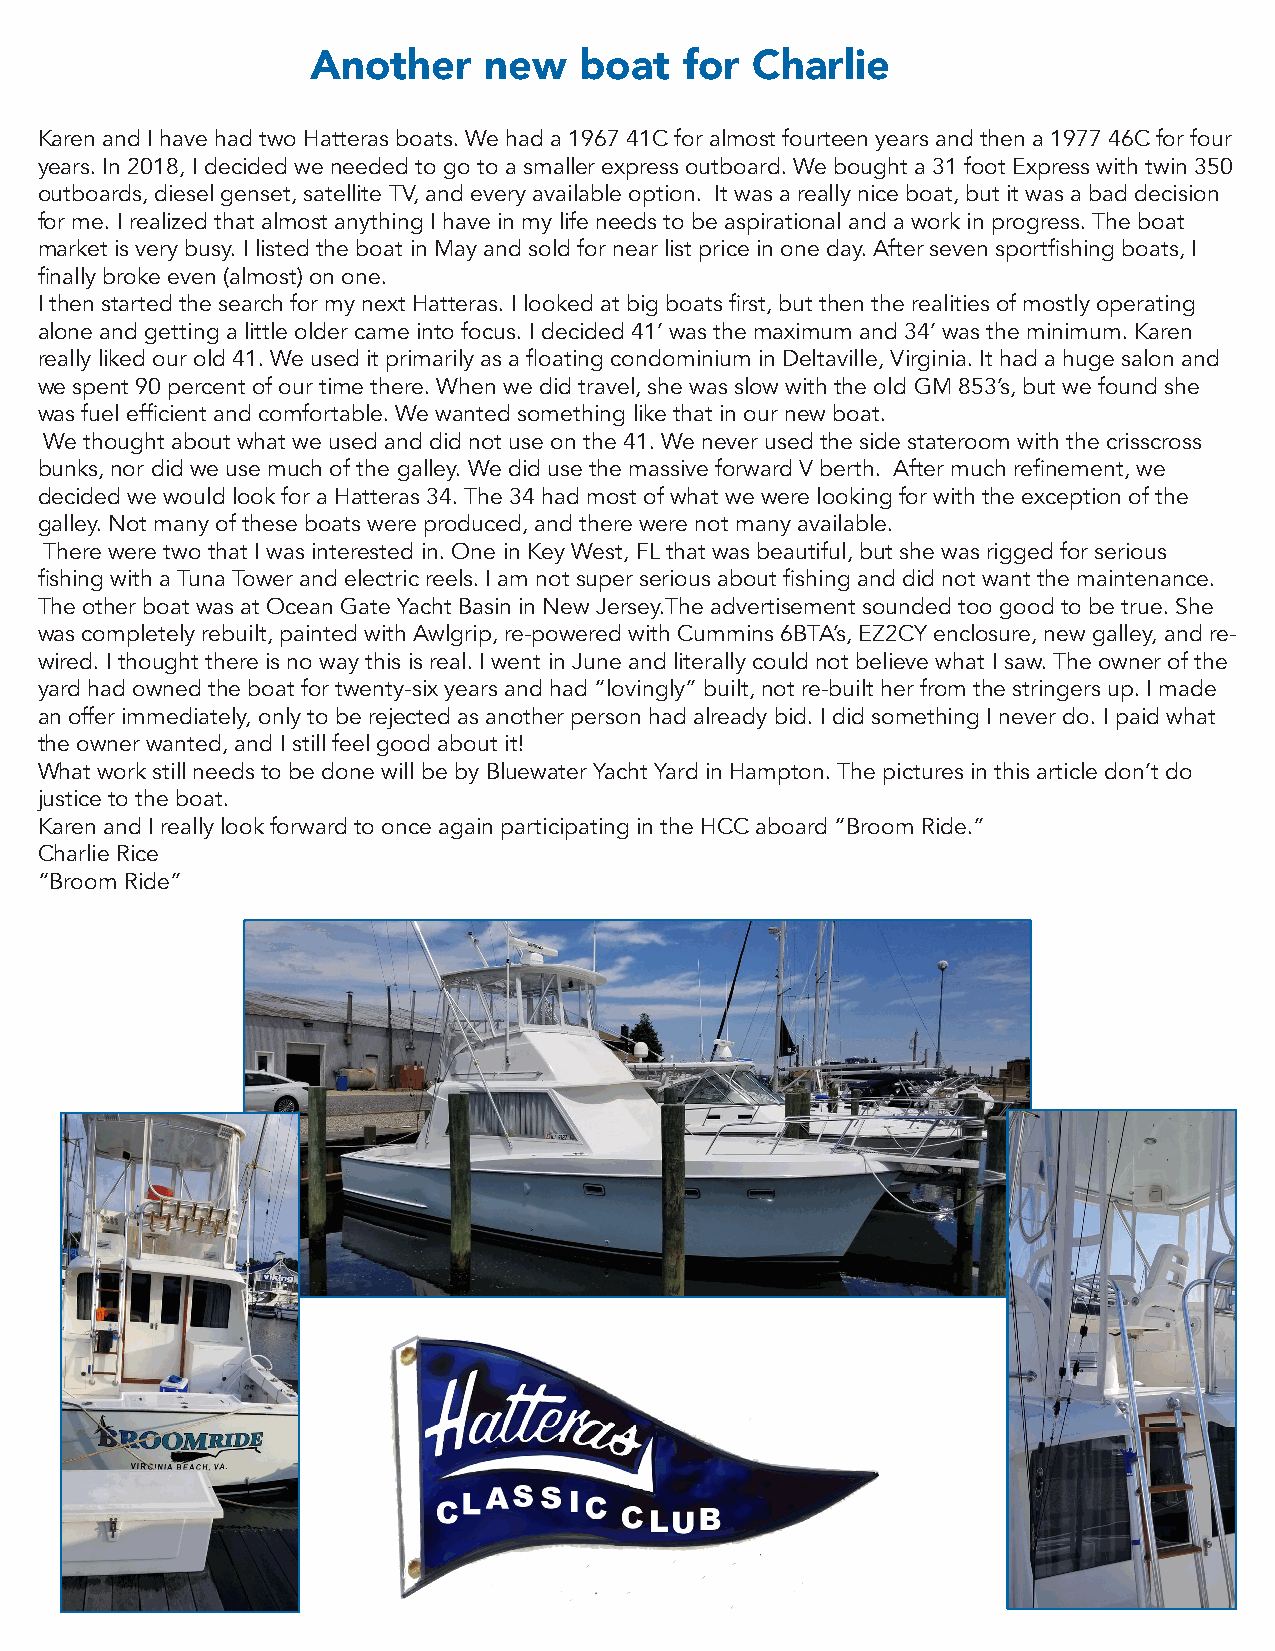
Another    new   boat   for  Charlie
 Karen and I have had two Hatteras boats. We had a 1967 41C for almost fourteen years and then a 1977 46C for four
 years. In 2018, I decided we needed to go to a smaller express outboard. We bought a 31 foot Express with twin 350
 outboards, diesel genset, satellite TV, and every available option. It was a really nice boat, but it was a bad decision
 for me. I realized that almost anything I have in my life needs to be aspirational and a work in progress. The boat
 market is very busy. I listed the boat in May and sold for near list price in one day. After seven sportfishing boats, I
 finally broke even (almost) on one.
 I then started the search for my next Hatteras. I looked at big boats first, but then the realities of mostly operating
 alone and getting a little older came into focus. I decided 41’ was the maximum and 34’ was the minimum. Karen
 really liked our old 41. We used it primarily as a floating condominium in Deltaville, Virginia. It had a huge salon and
 we spent 90 percent of our time there. When we did travel, she was slow with the old GM 853’s, but we found she
 was fuel efficient and comfortable. We wanted something like that in our new boat.
 We thought about what we used and did not use on the 41. We never used the side stateroom with the crisscross
 bunks, nor did we use much of the galley. We did use the massive forward V berth. After much refinement, we
 decided we would look for a Hatteras 34. The 34 had most of what we were looking for with the exception of the
 galley. Not many of these boats were produced, and there were not many available.
 There were two that I was interested in. One in Key West, FL that was beautiful, but she was rigged for serious
 fishing with a Tuna Tower and electric reels. I am not super serious about fishing and did not want the maintenance.
 The other boat was at Ocean Gate Yacht Basin in New Jersey.The advertisement sounded too good to be true. She
 was completely rebuilt, painted with Awlgrip, re-powered with Cummins 6BTA’s, EZ2CY enclosure, new galley, and re-
 wired. I thought there is no way this is real. I went in June and literally could not believe what I saw. The owner of the
 yard had owned the boat for twenty-six years and had “lovingly” built, not re-built her from the stringers up. I made
 an offer immediately, only to be rejected as another person had already bid. I did something I never do. I paid what
 the owner wanted, and I still feel good about it!
 What work still needs to be done will be by Bluewater Yacht Yard in Hampton. The pictures in this article don’t do
 justice to the boat.
 Karen and I really look forward to once again participating in the HCC aboard “Broom Ride.”
 Charlie Rice
 “Broom Ride”